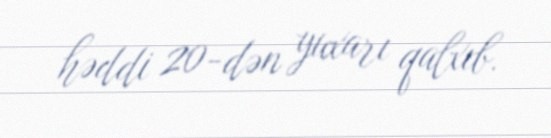
həddi 20-dən yuxarı qalxıb.